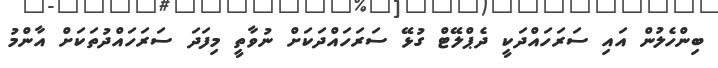
ބިންހެލުން އައި ސަރަހައްދަކީ ދެޕްލޭޓް ގުޅޭ ސަރަހައްދަކަށް ނުވާތީ މިފަދަ ސަރަހައްދުތަކަށް އާންމު